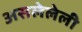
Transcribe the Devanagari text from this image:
असलेलेली